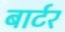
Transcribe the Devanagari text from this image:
बार्टर